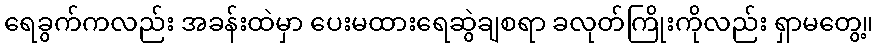
ရေခွက်ကလည်း အခန်းထဲမှာ ပေးမထားရေဆွဲချစရာ ခလုတ်ကြိုးကိုလည်း ရှာမတွေ့။